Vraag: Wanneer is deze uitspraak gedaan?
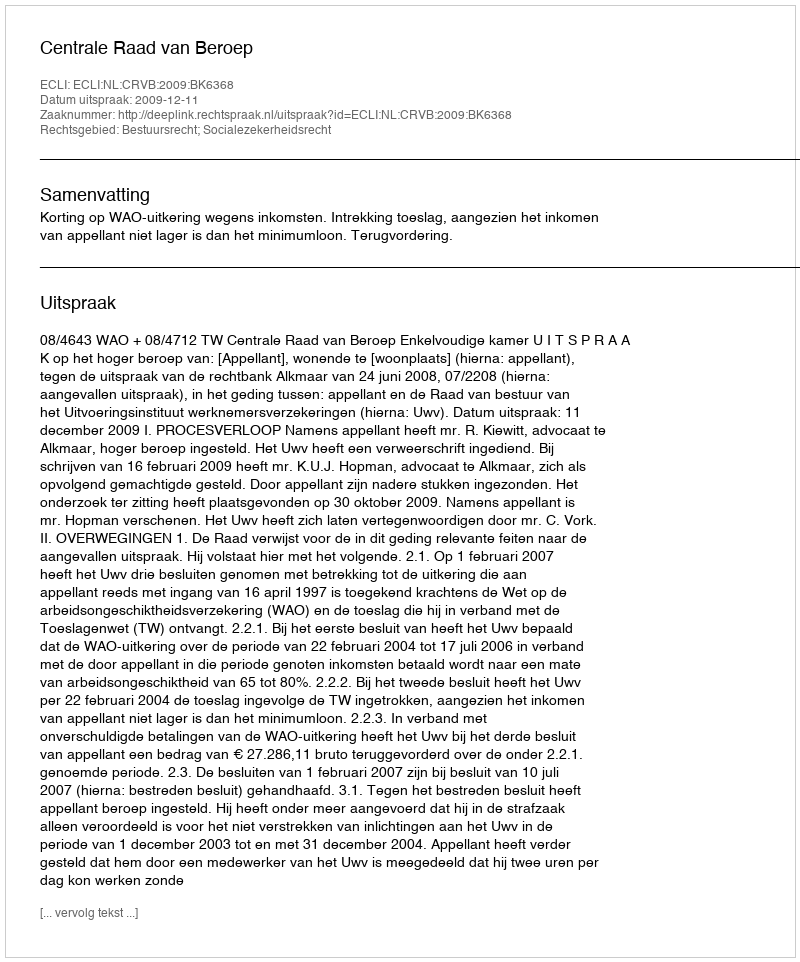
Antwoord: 2009-12-11